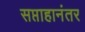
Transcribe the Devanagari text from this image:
सप्ताहानंतर